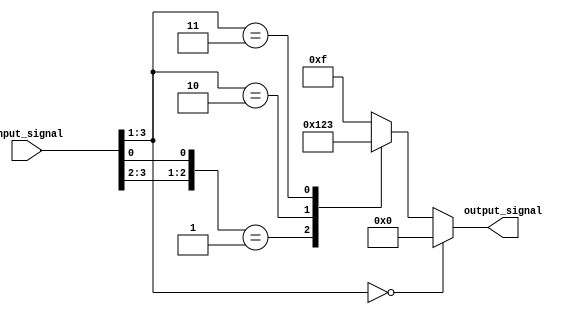
module casez_example (
    input [3:0] input_signal,
    output reg [3:0] output_signal
);

always @* begin
    casez(input_signal)
        4'b000?: output_signal = 4'b0000; // If input_signal is 000X
        4'b00?1: output_signal = 4'b0001; // If input_signal is 001X
        4'b010?: output_signal = 4'b0010; // If input_signal is 010X
        4'b011?: output_signal = 4'b0011; // If input_signal is 011X
        default: output_signal = 4'b1111; // If input_signal doesn't match any of the above cases
    endcase
end

endmodule